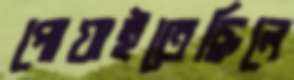
পোয়াইতেছিলে